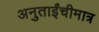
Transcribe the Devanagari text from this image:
अनुताईंचीमात्र